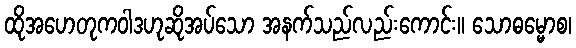
ထိုအဟေတုကဝါဒဟုဆိုအပ်သော အနက်သည်လည်းကောင်း။ သောဓမ္မောစ၊